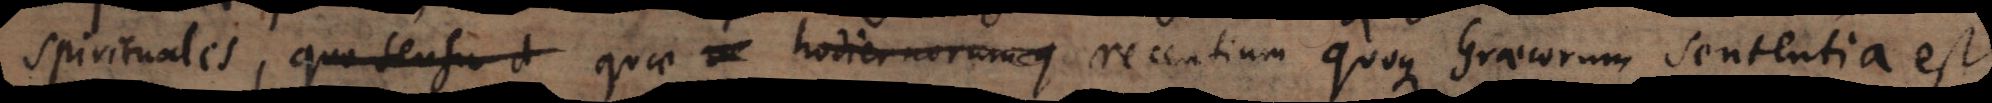
spirituales, quo sensu d quae hodiernorumque recentium quoque Graecorum sententia est.